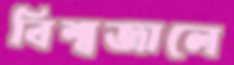
বিশ্বজালে